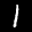
Label: 1